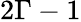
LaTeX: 2\Gamma-1